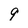
Character: 9